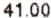
41.00